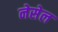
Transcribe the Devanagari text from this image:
नेसेल